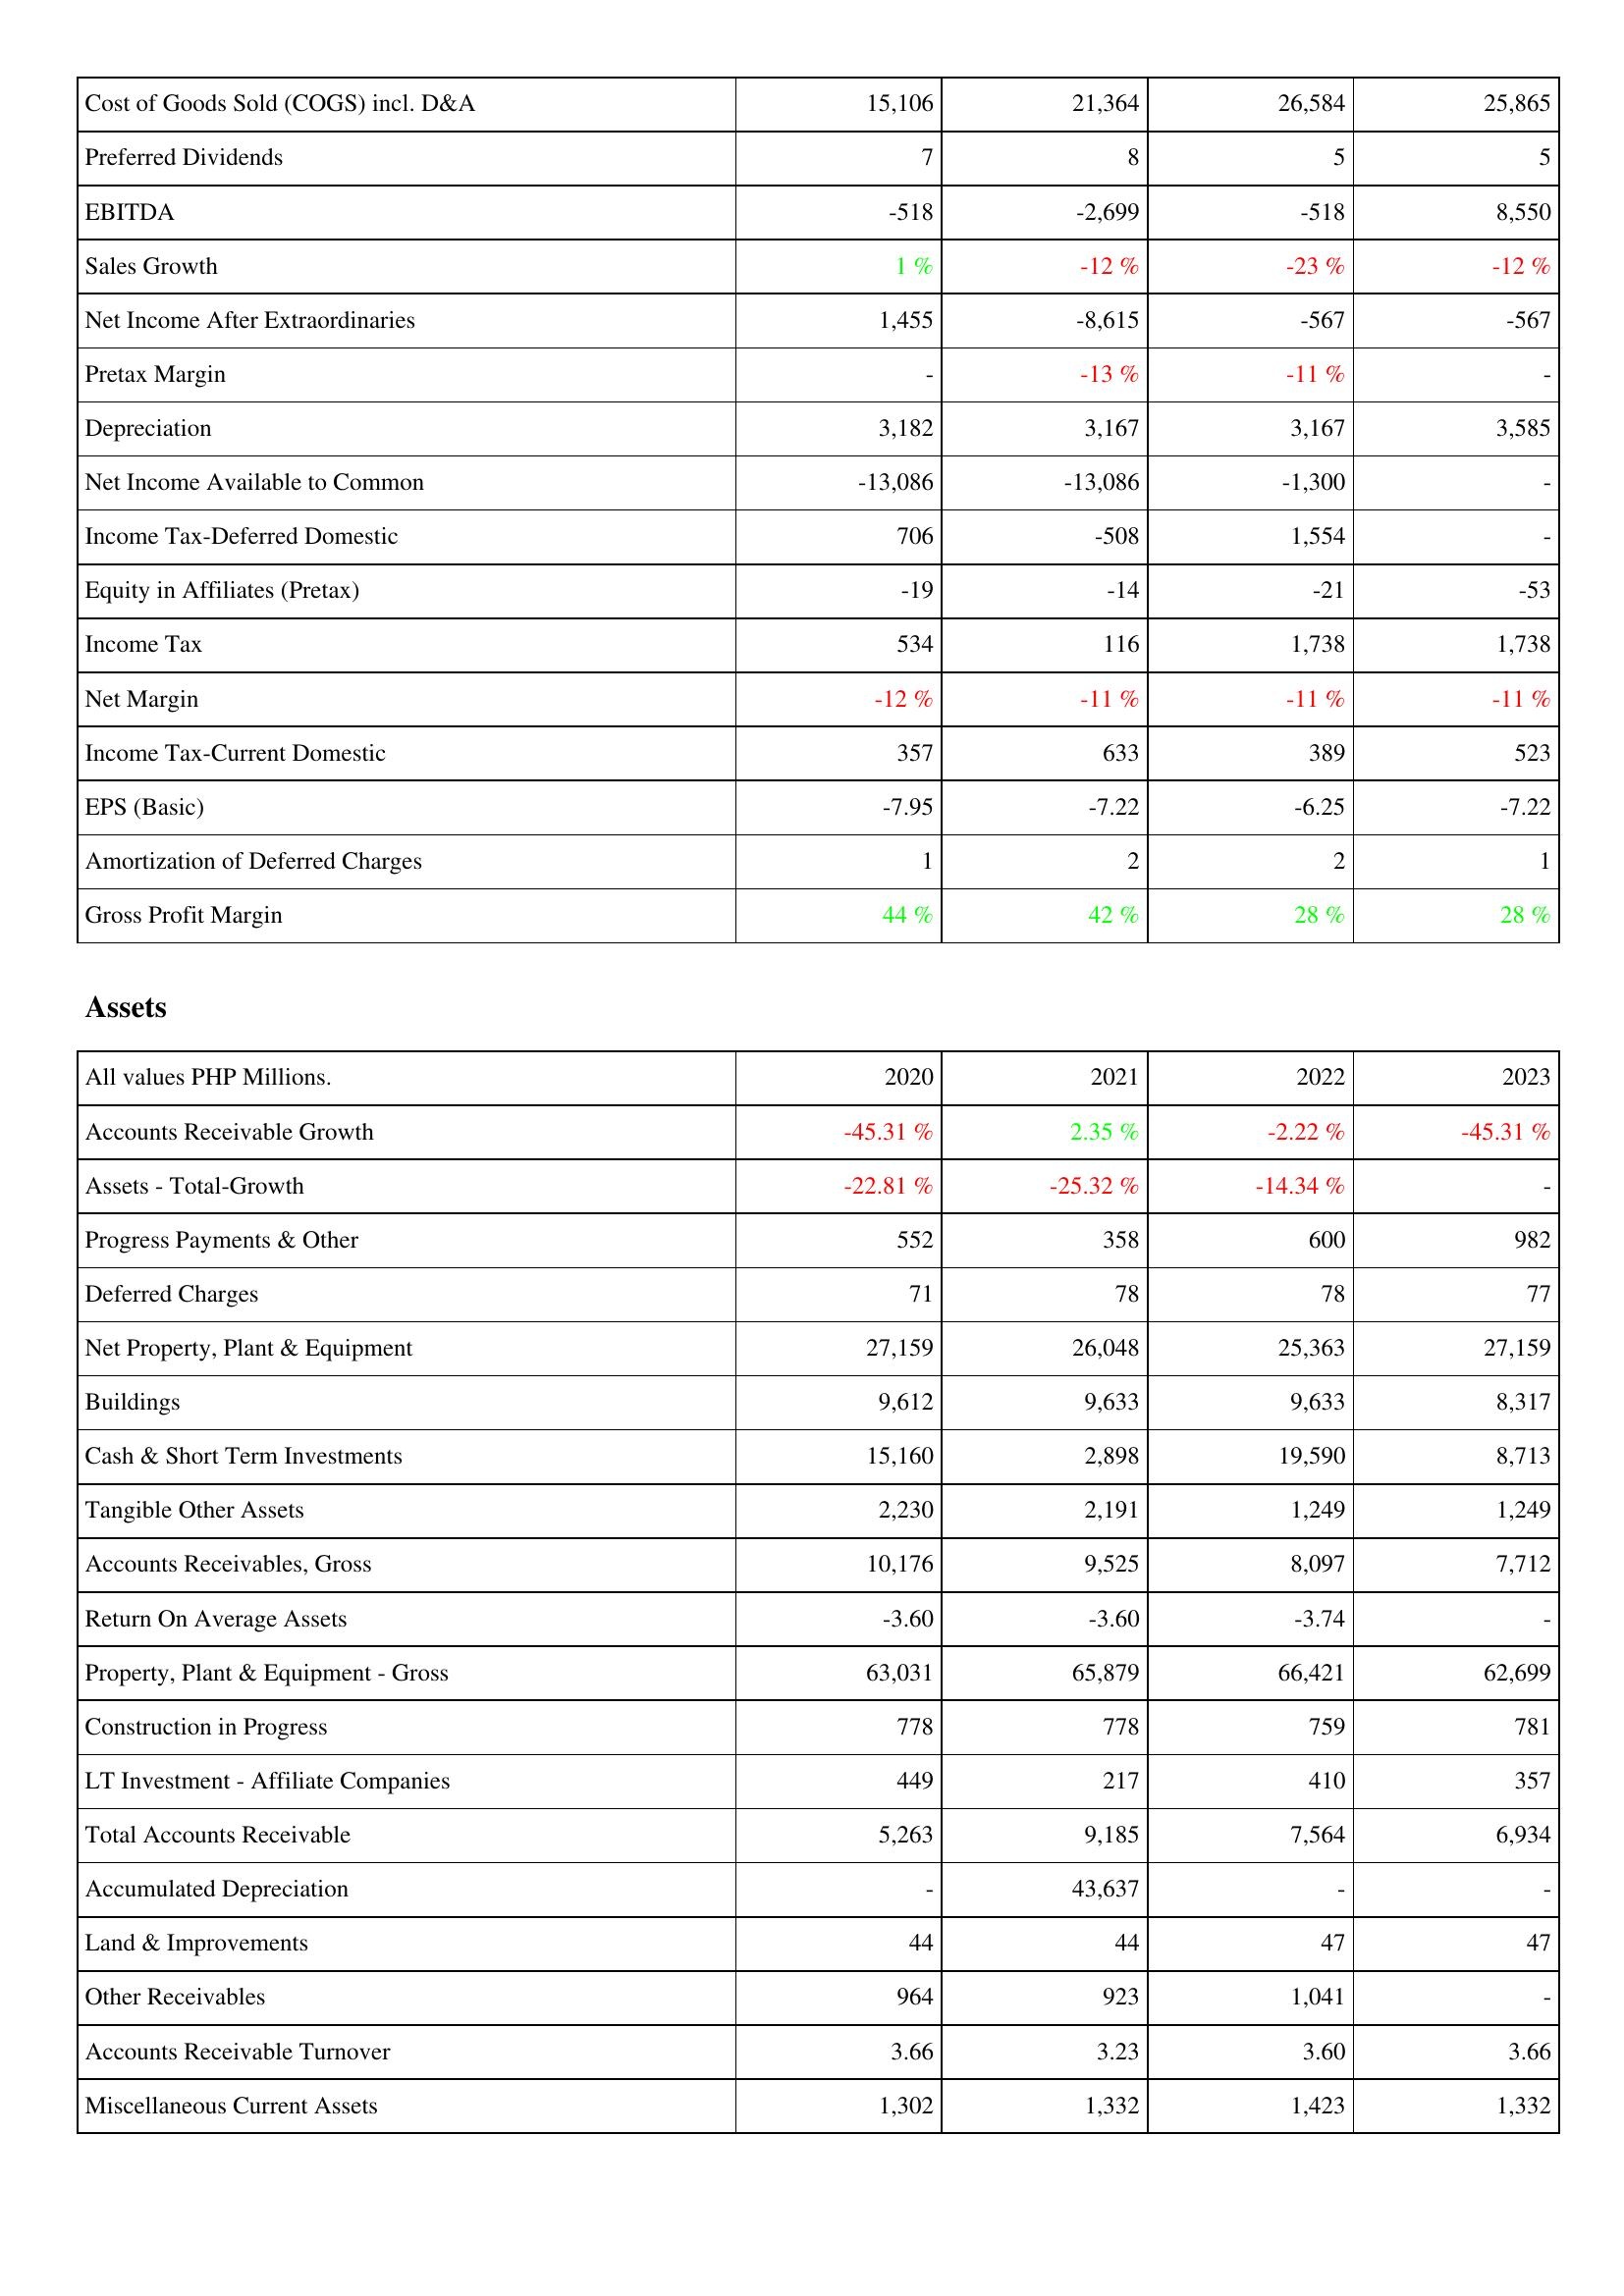
2020: Income Statement: Cost of Goods Sold (COGS) incl. D&A: 15,106
Preferred Dividends: 7
EBITDA: -518
Sales Growth: 1 %
Net Income After Extraordinaries: 1,455
Pretax Margin: -
Depreciation: 3,182
Net Income Available to Common: -13,086
Income Tax-Deferred Domestic: 706
Equity in Affiliates (Pretax): -19
Income Tax: 534
Net Margin: -12 %
Income Tax-Current Domestic: 357
EPS (Basic): -7.95
Amortization of Deferred Charges: 1
Gross Profit Margin: 44 %
Assets: Accounts Receivable Growth: -45.31 %
Assets - Total-Growth: -22.81 %
Progress Payments & Other: 552
Deferred Charges: 71
Net Property, Plant & Equipment: 27,159
Buildings: 9,612
Cash & Short Term Investments: 15,160
Tangible Other Assets: 2,230
Accounts Receivables, Gross: 10,176
Return On Average Assets: -3.60
Property, Plant & Equipment - Gross: 63,031
Construction in Progress: 778
LT Investment - Affiliate Companies: 449
Total Accounts Receivable: 5,263
Accumulated Depreciation: -
Land & Improvements: 44
Other Receivables: 964
Accounts Receivable Turnover: 3.66
Miscellaneous Current Assets: 1,302
2021: Income Statement: Cost of Goods Sold (COGS) incl. D&A: 21,364
Preferred Dividends: 8
EBITDA: -2,699
Sales Growth: -12 %
Net Income After Extraordinaries: -8,615
Pretax Margin: -13 %
Depreciation: 3,167
Net Income Available to Common: -13,086
Income Tax-Deferred Domestic: -508
Equity in Affiliates (Pretax): -14
Income Tax: 116
Net Margin: -11 %
Income Tax-Current Domestic: 633
EPS (Basic): -7.22
Amortization of Deferred Charges: 2
Gross Profit Margin: 42 %
Assets: Accounts Receivable Growth: 2.35 %
Assets - Total-Growth: -25.32 %
Progress Payments & Other: 358
Deferred Charges: 78
Net Property, Plant & Equipment: 26,048
Buildings: 9,633
Cash & Short Term Investments: 2,898
Tangible Other Assets: 2,191
Accounts Receivables, Gross: 9,525
Return On Average Assets: -3.60
Property, Plant & Equipment - Gross: 65,879
Construction in Progress: 778
LT Investment - Affiliate Companies: 217
Total Accounts Receivable: 9,185
Accumulated Depreciation: 43,637
Land & Improvements: 44
Other Receivables: 923
Accounts Receivable Turnover: 3.23
Miscellaneous Current Assets: 1,332
2022: Income Statement: Cost of Goods Sold (COGS) incl. D&A: 26,584
Preferred Dividends: 5
EBITDA: -518
Sales Growth: -23 %
Net Income After Extraordinaries: -567
Pretax Margin: -11 %
Depreciation: 3,167
Net Income Available to Common: -1,300
Income Tax-Deferred Domestic: 1,554
Equity in Affiliates (Pretax): -21
Income Tax: 1,738
Net Margin: -11 %
Income Tax-Current Domestic: 389
EPS (Basic): -6.25
Amortization of Deferred Charges: 2
Gross Profit Margin: 28 %
Assets: Accounts Receivable Growth: -2.22 %
Assets - Total-Growth: -14.34 %
Progress Payments & Other: 600
Deferred Charges: 78
Net Property, Plant & Equipment: 25,363
Buildings: 9,633
Cash & Short Term Investments: 19,590
Tangible Other Assets: 1,249
Accounts Receivables, Gross: 8,097
Return On Average Assets: -3.74
Property, Plant & Equipment - Gross: 66,421
Construction in Progress: 759
LT Investment - Affiliate Companies: 410
Total Accounts Receivable: 7,564
Accumulated Depreciation: -
Land & Improvements: 47
Other Receivables: 1,041
Accounts Receivable Turnover: 3.60
Miscellaneous Current Assets: 1,423
2023: Income Statement: Cost of Goods Sold (COGS) incl. D&A: 25,865
Preferred Dividends: 5
EBITDA: 8,550
Sales Growth: -12 %
Net Income After Extraordinaries: -567
Pretax Margin: -
Depreciation: 3,585
Net Income Available to Common: -
Income Tax-Deferred Domestic: -
Equity in Affiliates (Pretax): -53
Income Tax: 1,738
Net Margin: -11 %
Income Tax-Current Domestic: 523
EPS (Basic): -7.22
Amortization of Deferred Charges: 1
Gross Profit Margin: 28 %
Assets: Accounts Receivable Growth: -45.31 %
Assets - Total-Growth: -
Progress Payments & Other: 982
Deferred Charges: 77
Net Property, Plant & Equipment: 27,159
Buildings: 8,317
Cash & Short Term Investments: 8,713
Tangible Other Assets: 1,249
Accounts Receivables, Gross: 7,712
Return On Average Assets: -
Property, Plant & Equipment - Gross: 62,699
Construction in Progress: 781
LT Investment - Affiliate Companies: 357
Total Accounts Receivable: 6,934
Accumulated Depreciation: -
Land & Improvements: 47
Other Receivables: -
Accounts Receivable Turnover: 3.66
Miscellaneous Current Assets: 1,332